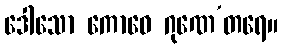
ဒေါသော ကောဓေ ဂုဏေ’တရေ။